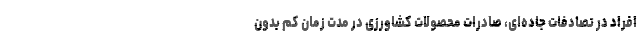
افراد در تصادفات جاده‌ای، صادرات محصولات کشاورزی در مدت زمان کم بدون